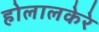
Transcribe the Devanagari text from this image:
होलालकेरे